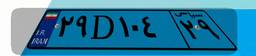
۰۹D۹۸۱۷۸